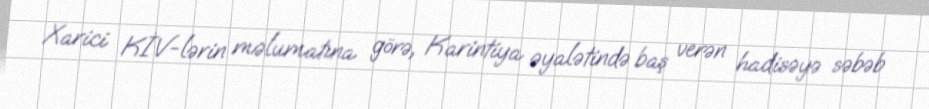
Xarici KİV-lərin məlumatına görə, Karintiya əyalətində baş verən hadisəyə səbəb